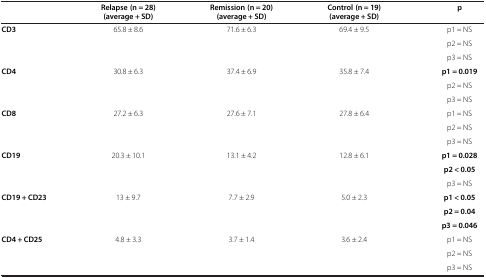
|  | Relapse (n = 28) (average + SD) | Remission (n = 20) (average + SD) | Control (n = 19) (average + SD) | p |
 | --- | --- | --- | --- | --- |
 | CD3 | 65.8 ± 8.6 | 71.6 ± 6.3 | 69.4 ± 9.5 | p1 = NS |
 | <ROWSPAN=2>  |  |  |  | p2 = NS |
 |  |  |  | p3 = NS |
 | CD4 | 30.8 ± 6.3 | 37.4 ± 6.9 | 35.8 ± 7.4 | p1 = 0.019 |
 |  |  |  |  | p2 = NS |
 |  |  |  |  | p3 = NS |
 | CD8 | 27.2 ± 6.3 | 27.6 ± 7.1 | 27.8 ± 6.4 | p1 = NS |
 |  |  |  |  | p2 = NS |
 |  |  |  |  | p3 = NS |
 | CD19 | 20.3 ± 10.1 | 13.1 ± 4.2 | 12.8 ± 6.1 | p1 = 0.028 |
 |  |  |  |  | p2 < 0.05 |
 |  |  |  |  | p3 = NS |
 | CD19 + CD23 | 13 ± 9.7 | 7.7 ± 2.9 | 5.0 ± 2.3 | p1 < 0.05 |
 |  |  |  |  | p2 = 0.04 |
 |  |  |  |  | p3 = 0.046 |
 | CD4 + CD25 | 4.8 ± 3.3 | 3.7 ± 1.4 | 3.6 ± 2.4 | p1 = NS |
 |  |  |  |  | p2 = NS |
 |  |  |  |  | p3 = NS |